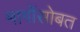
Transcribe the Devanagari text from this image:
मार्गोसोबत